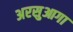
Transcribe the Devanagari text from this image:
अरसुआगा